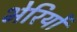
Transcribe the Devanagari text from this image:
भेरियों